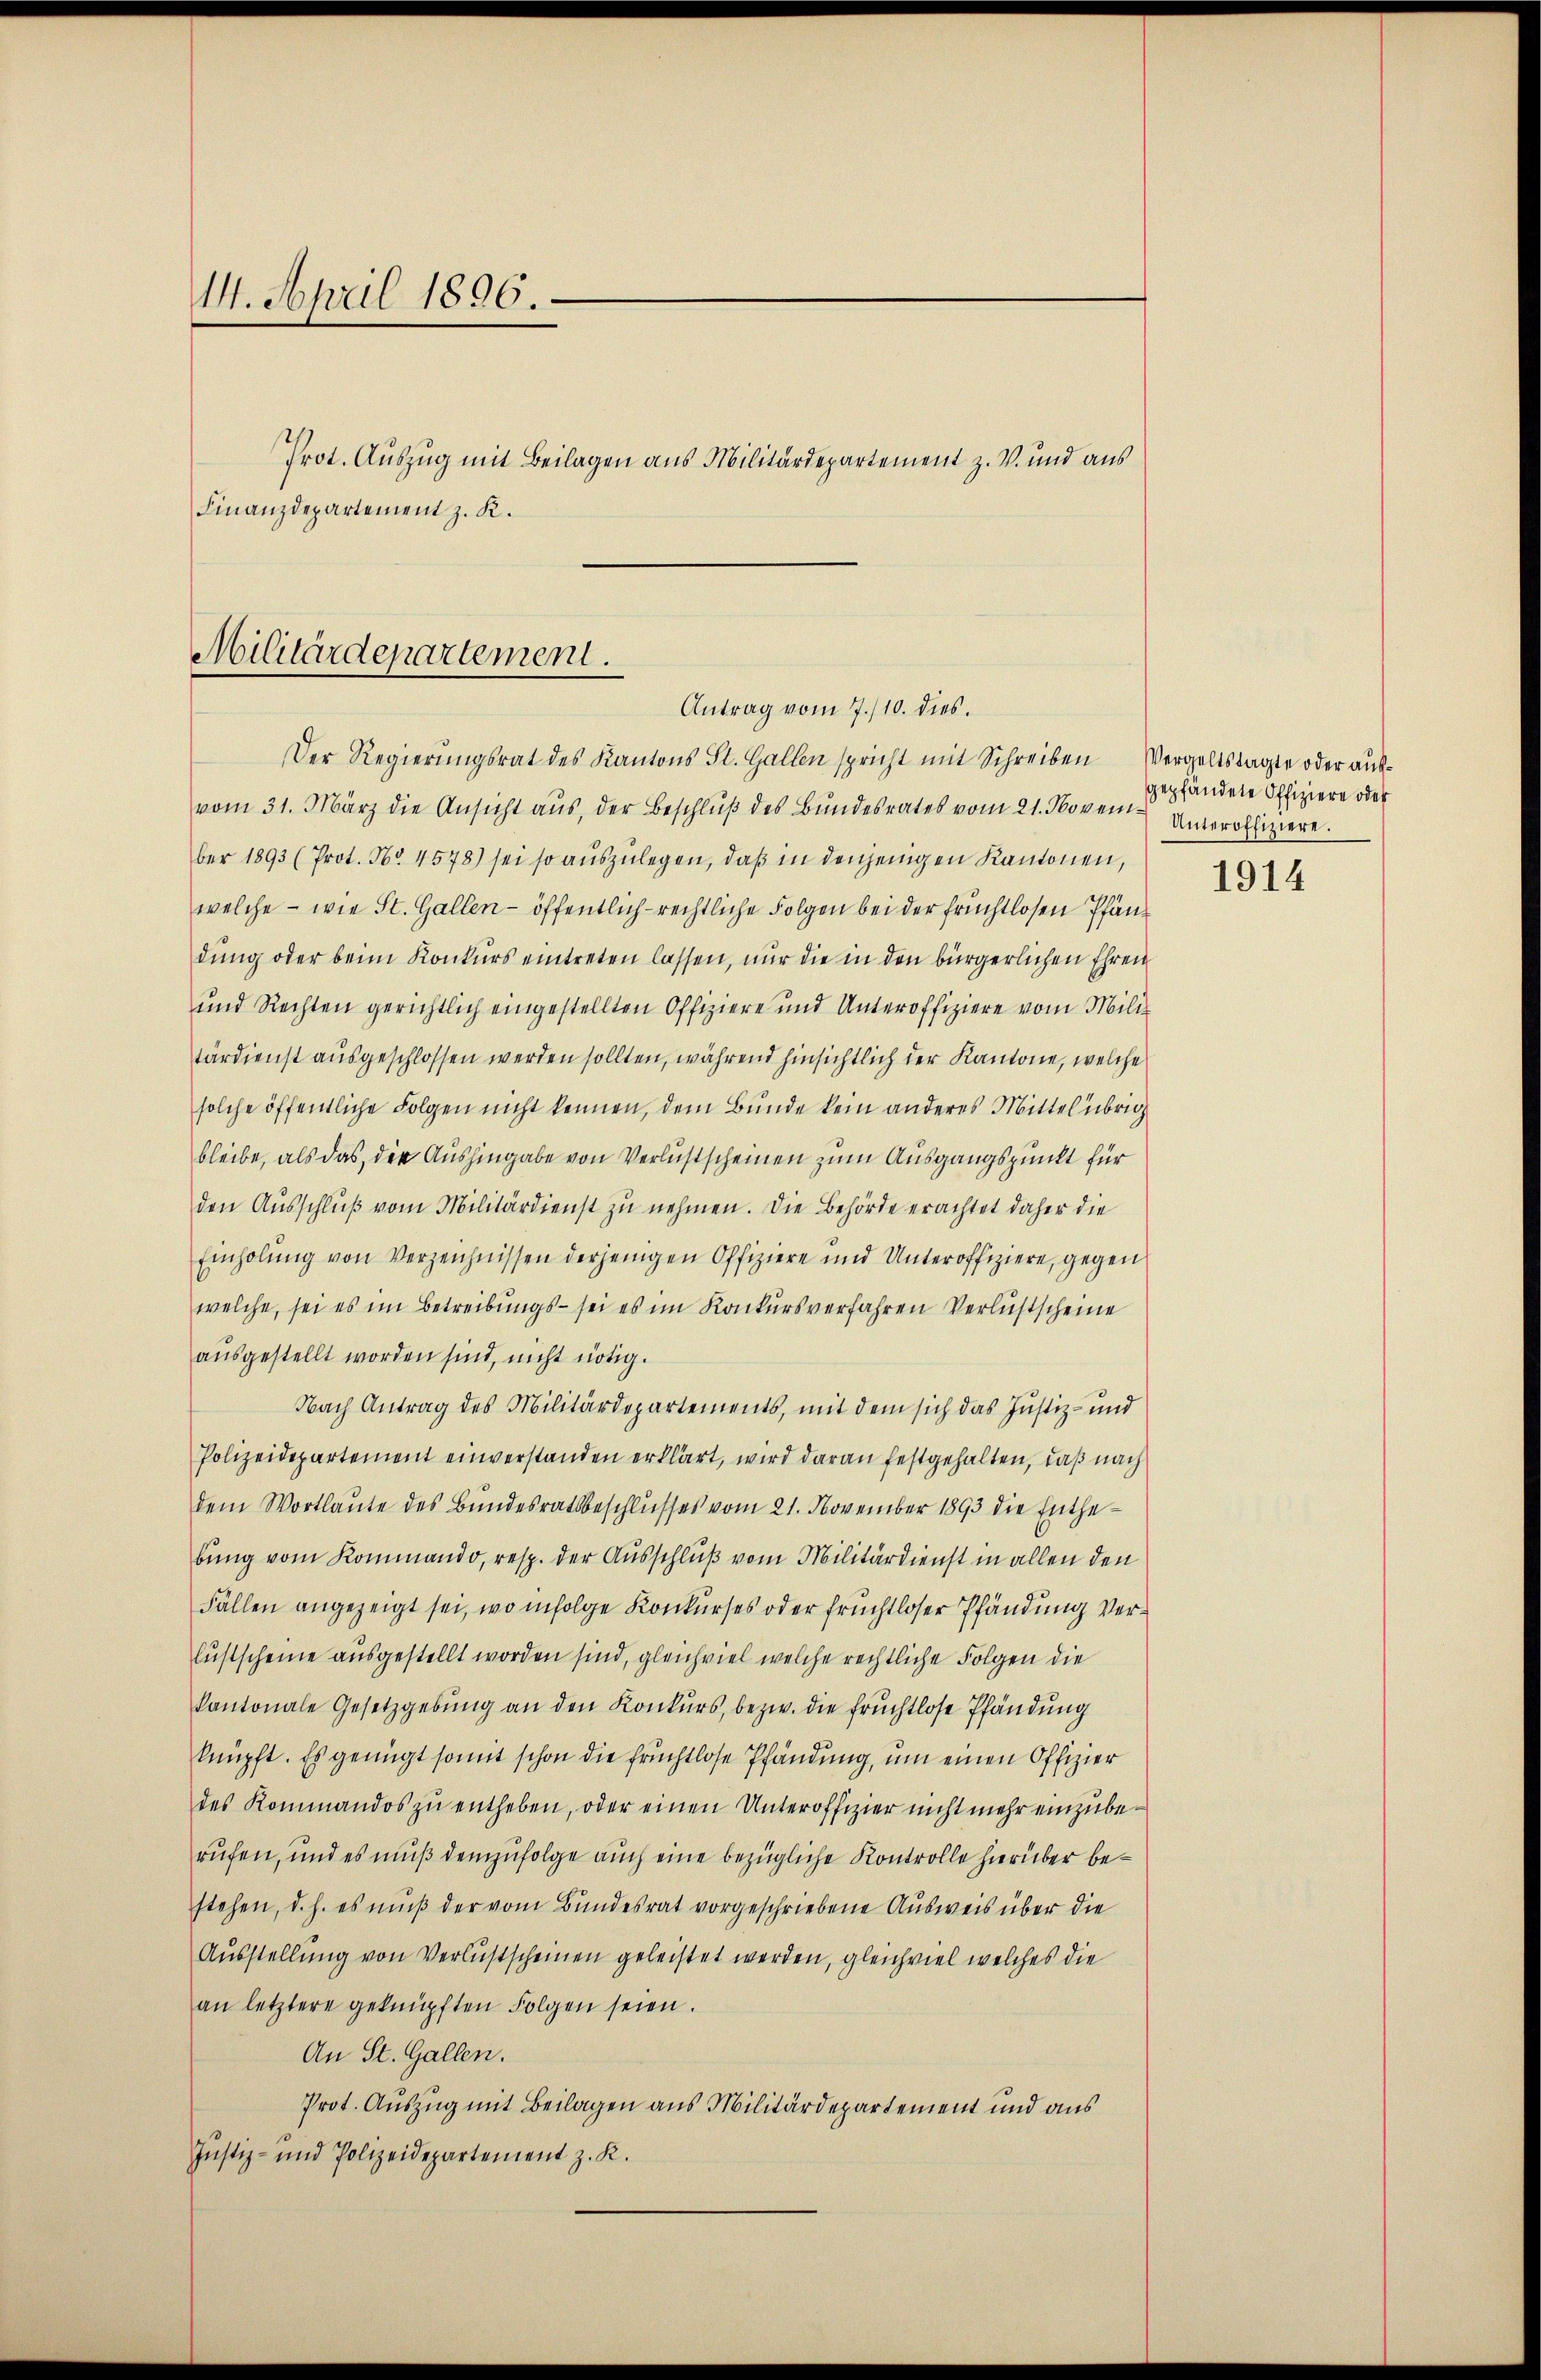
14. April 1896.

Prot. Auszug mit Beilagen aus Militärdepartement z. V. und aus
Finanzdepartement z. K.

Militärdepartement.
Antrag vom 7./10. dies.
Der Regierungsrat des Kantons St. Gallen spricht mit Schreiben

vom 31. März die Ansicht aŭs, der Beschlŭβ des Bŭndesrates vom 21. Noven Unteroffiziere.
ber 1893 (Prot. No. 4578) sei so aŭszŭlegen, daβ in denjenigen Kantonen,
welche - wie St. Gallen - öffentlich-rechtliche Folgen bei der fruchtlosen Pfändung oder beim Konkurs eintreten lassen, nur die in den bürgerlichen Ehren
und Rechten gerichtlich eingestellten Offiziere und Unteroffiziere vom Mili
tärdienst ausgeschlossen werden sollten, während hinsichtlich der Kantone, welche
solche öffentliche Folgen nicht kennen, dem Bunde kein anderes Mittel übrig
bleibe, als das, der Aushingabe von Verlustscheinen zum Ausgangspunkt für
den Aŭsschlŭβ vom Militärdienst zŭ nehmen. Die Behörde erachtet daher die
Einholŭng von Verzeichnissen derjenigen Offiziere und Unteroffiziere, gegen
welche, sei es im Betreibungs- sei es im Konkursverfahren Verlustscheine
ausgestellt worden sind, nicht nötig.
Nach Antrag des Militärdepartements, mit dem sich das Justiz- und
Polizeidepartement einverstanden erklärt, wird daran festgehalten, daß nach
dem Wortlaute des Bundesratsbeschlusses vom 21. November 1893 die Enthebung vom Kommando, resp. der Ausschluß vom Militärdienst in allen den
Fällen angezeigt sei, wo infolge Konkurses oder fruchtloser Pfändung verlustscheine ausgestellt worden sind, gleichviel welche rechtliche Folgen die
kantonale Gesetzgebŭng an den Konkurs, bezw. die fruchtlose Pfändung
knüpft. Es genügt somit schon die fruchtlose Pfändung, um einen Offizier
des Kommandos zŭ entheben, oder einen Unteroffizier nicht mehr einzuberufen, und es muß demzufolge auch eine bezügliche Kontrolle hierüber bestehen, d. h. es muß der vom Bundesrat vorgeschriebene Ausweis über die
Ausstellung von Verlustscheinen geleistet werden, gleichviel welches die
an letztere geknüpften Folgen seien.
An St. Gallen.
Prot. Auszug mit Beilagen aus Militärdepartement und aus
Justiz- und Polizeidepartement z. K.

Vergeltstagte oder aufgepfändete Offiziere oder

1914